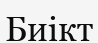
Биікт